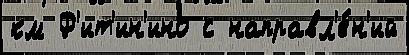
км Ф'ит'ин'ино с направл'е́н'ий